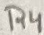
Text: R4